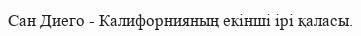
Сан Диего - Калифорнияның екінші ірі қаласы.